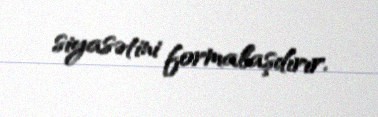
siyasətini formalaşdırır.